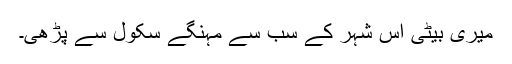
میری بیٹی اس شہر کے سب سے مہنگے سکول سے پڑھی۔